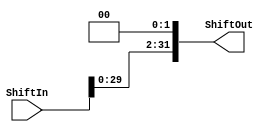
module ShiftLeft2 (ShiftIn, ShiftOut);

	input [31:0] ShiftIn;
	output reg [31:0] ShiftOut;
	
	always @(ShiftIn) begin
		ShiftOut = ShiftIn << 2;
	end 
	
endmodule